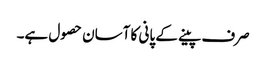
صرف پینے کے پانی کا آسان حصول ہے۔